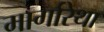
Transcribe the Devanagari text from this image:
मार्गारेथा